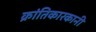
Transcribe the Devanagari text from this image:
क्रांतिकारकानी